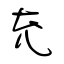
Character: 充